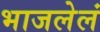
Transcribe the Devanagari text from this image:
भाजलेलं